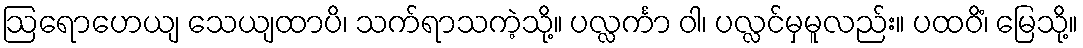
ဩရောဟေယျ သေယျထာပိ၊ သက်ရာသကဲ့သို့။ ပလ္လင်္ကာ ဝါ၊ ပလ္လင်မှမူလည်း။ ပထဝိံ၊ မြေသို့။